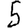
Digit: 5